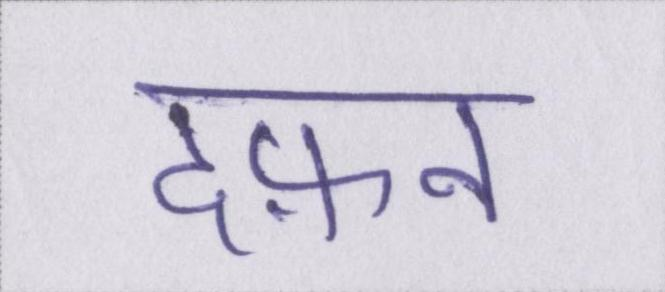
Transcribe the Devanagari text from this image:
दफ़न